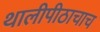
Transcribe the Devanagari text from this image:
थालीपीठाचाच